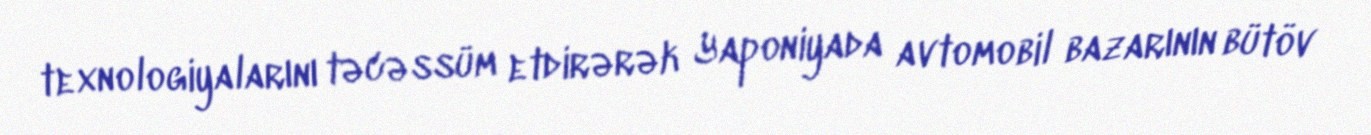
texnologiyalarını təcəssüm etdirərək Yaponiyada avtomobil bazarının bütöv